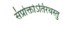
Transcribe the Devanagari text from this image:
संप्रोक्तोऽतिरथस्तु